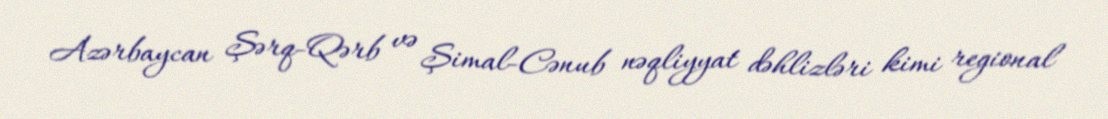
Azərbaycan Şərq-Qərb və Şimal-Cənub nəqliyyat dəhlizləri kimi regional